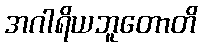
အဂါရိယဘူတောတိ